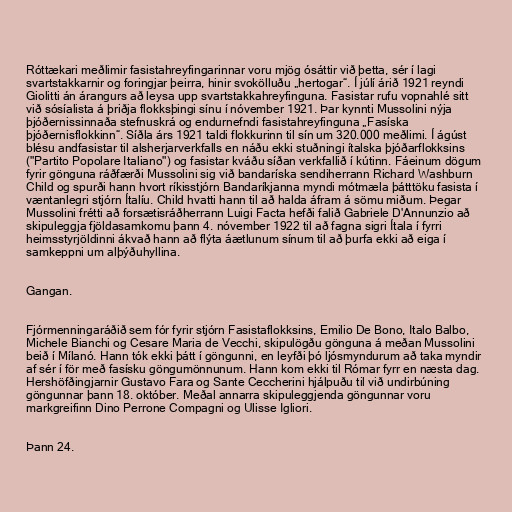
Róttækari meðlimir fasistahreyfingarinnar voru mjög ósáttir við þetta, sér í lagi
svartstakkarnir og foringjar þeirra, hinir svokölluðu „hertogar“. Í júlí árið 1921 reyndi
Giolitti án árangurs að leysa upp svartstakkahreyfinguna. Fasistar rufu vopnahlé sitt
við sósíalista á þriðja flokksþingi sínu í nóvember 1921. Þar kynnti Mussolini nýja
þjóðernissinnaða stefnuskrá og endurnefndi fasistahreyfinguna „Fasíska
þjóðernisflokkinn“. Síðla árs 1921 taldi flokkurinn til sín um 320.000 meðlimi. Í ágúst
blésu andfasistar til alsherjarverkfalls en náðu ekki stuðningi ítalska þjóðarflokksins
("Partito Popolare Italiano") og fasistar kváðu síðan verkfallið í kútinn. Fáeinum dögum
fyrir gönguna ráðfærði Mussolini sig við bandaríska sendiherrann Richard Washburn
Child og spurði hann hvort ríkisstjórn Bandaríkjanna myndi mótmæla þátttöku fasista í
væntanlegri stjórn Ítalíu. Child hvatti hann til að halda áfram á sömu miðum. Þegar
Mussolini frétti að forsætisráðherrann Luigi Facta hefði falið Gabriele D'Annunzio að
skipuleggja fjöldasamkomu þann 4. nóvember 1922 til að fagna sigri Ítala í fyrri
heimsstyrjöldinni ákvað hann að flýta áætlunum sínum til að þurfa ekki að eiga í
samkeppni um alþýðuhyllina.

Gangan.

Fjórmenningaráðið sem fór fyrir stjórn Fasistaflokksins, Emilio De Bono, Italo Balbo,
Michele Bianchi og Cesare Maria de Vecchi, skipulögðu gönguna á meðan Mussolini
beið í Mílanó. Hann tók ekki þátt í göngunni, en leyfði þó ljósmyndurum að taka myndir
af sér í för með fasísku göngumönnunum. Hann kom ekki til Rómar fyrr en næsta dag.
Hershöfðingjarnir Gustavo Fara og Sante Ceccherini hjálpuðu til við undirbúning
göngunnar þann 18. október. Meðal annarra skipuleggjenda göngunnar voru
markgreifinn Dino Perrone Compagni og Ulisse Igliori.

Þann 24.